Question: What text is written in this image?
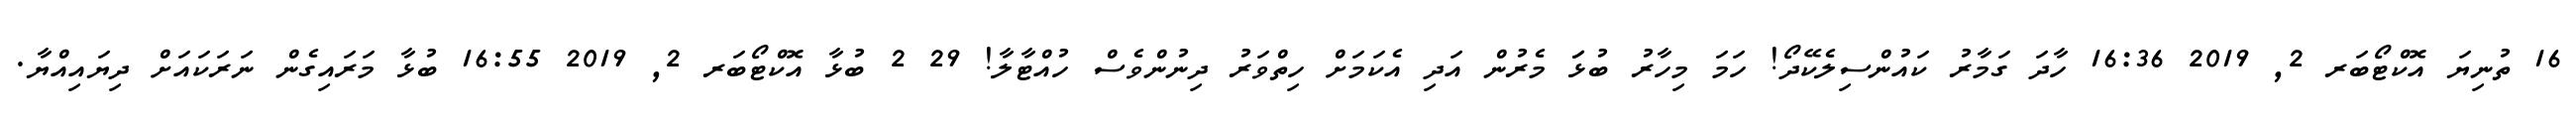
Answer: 16 ތުނިޔަ އޮކްޓޯބަރ 2, 2019 16:36 ހާދަ ގަމާރު ކައުންސިލެކޭދޯ! ހަމަ މިހާރު ބުޅަަ މެރުން އަދި އެކަމަށް ހިތްވަރު ދިނުންވެސް ހުއްޓާލާ! 29 2 ބުޅާ އޮކްޓޯބަރ 2, 2019 16:55 ބުޅާ މަރައިގެން ނަރަކައަށް ދިޔައިއްޔާ.